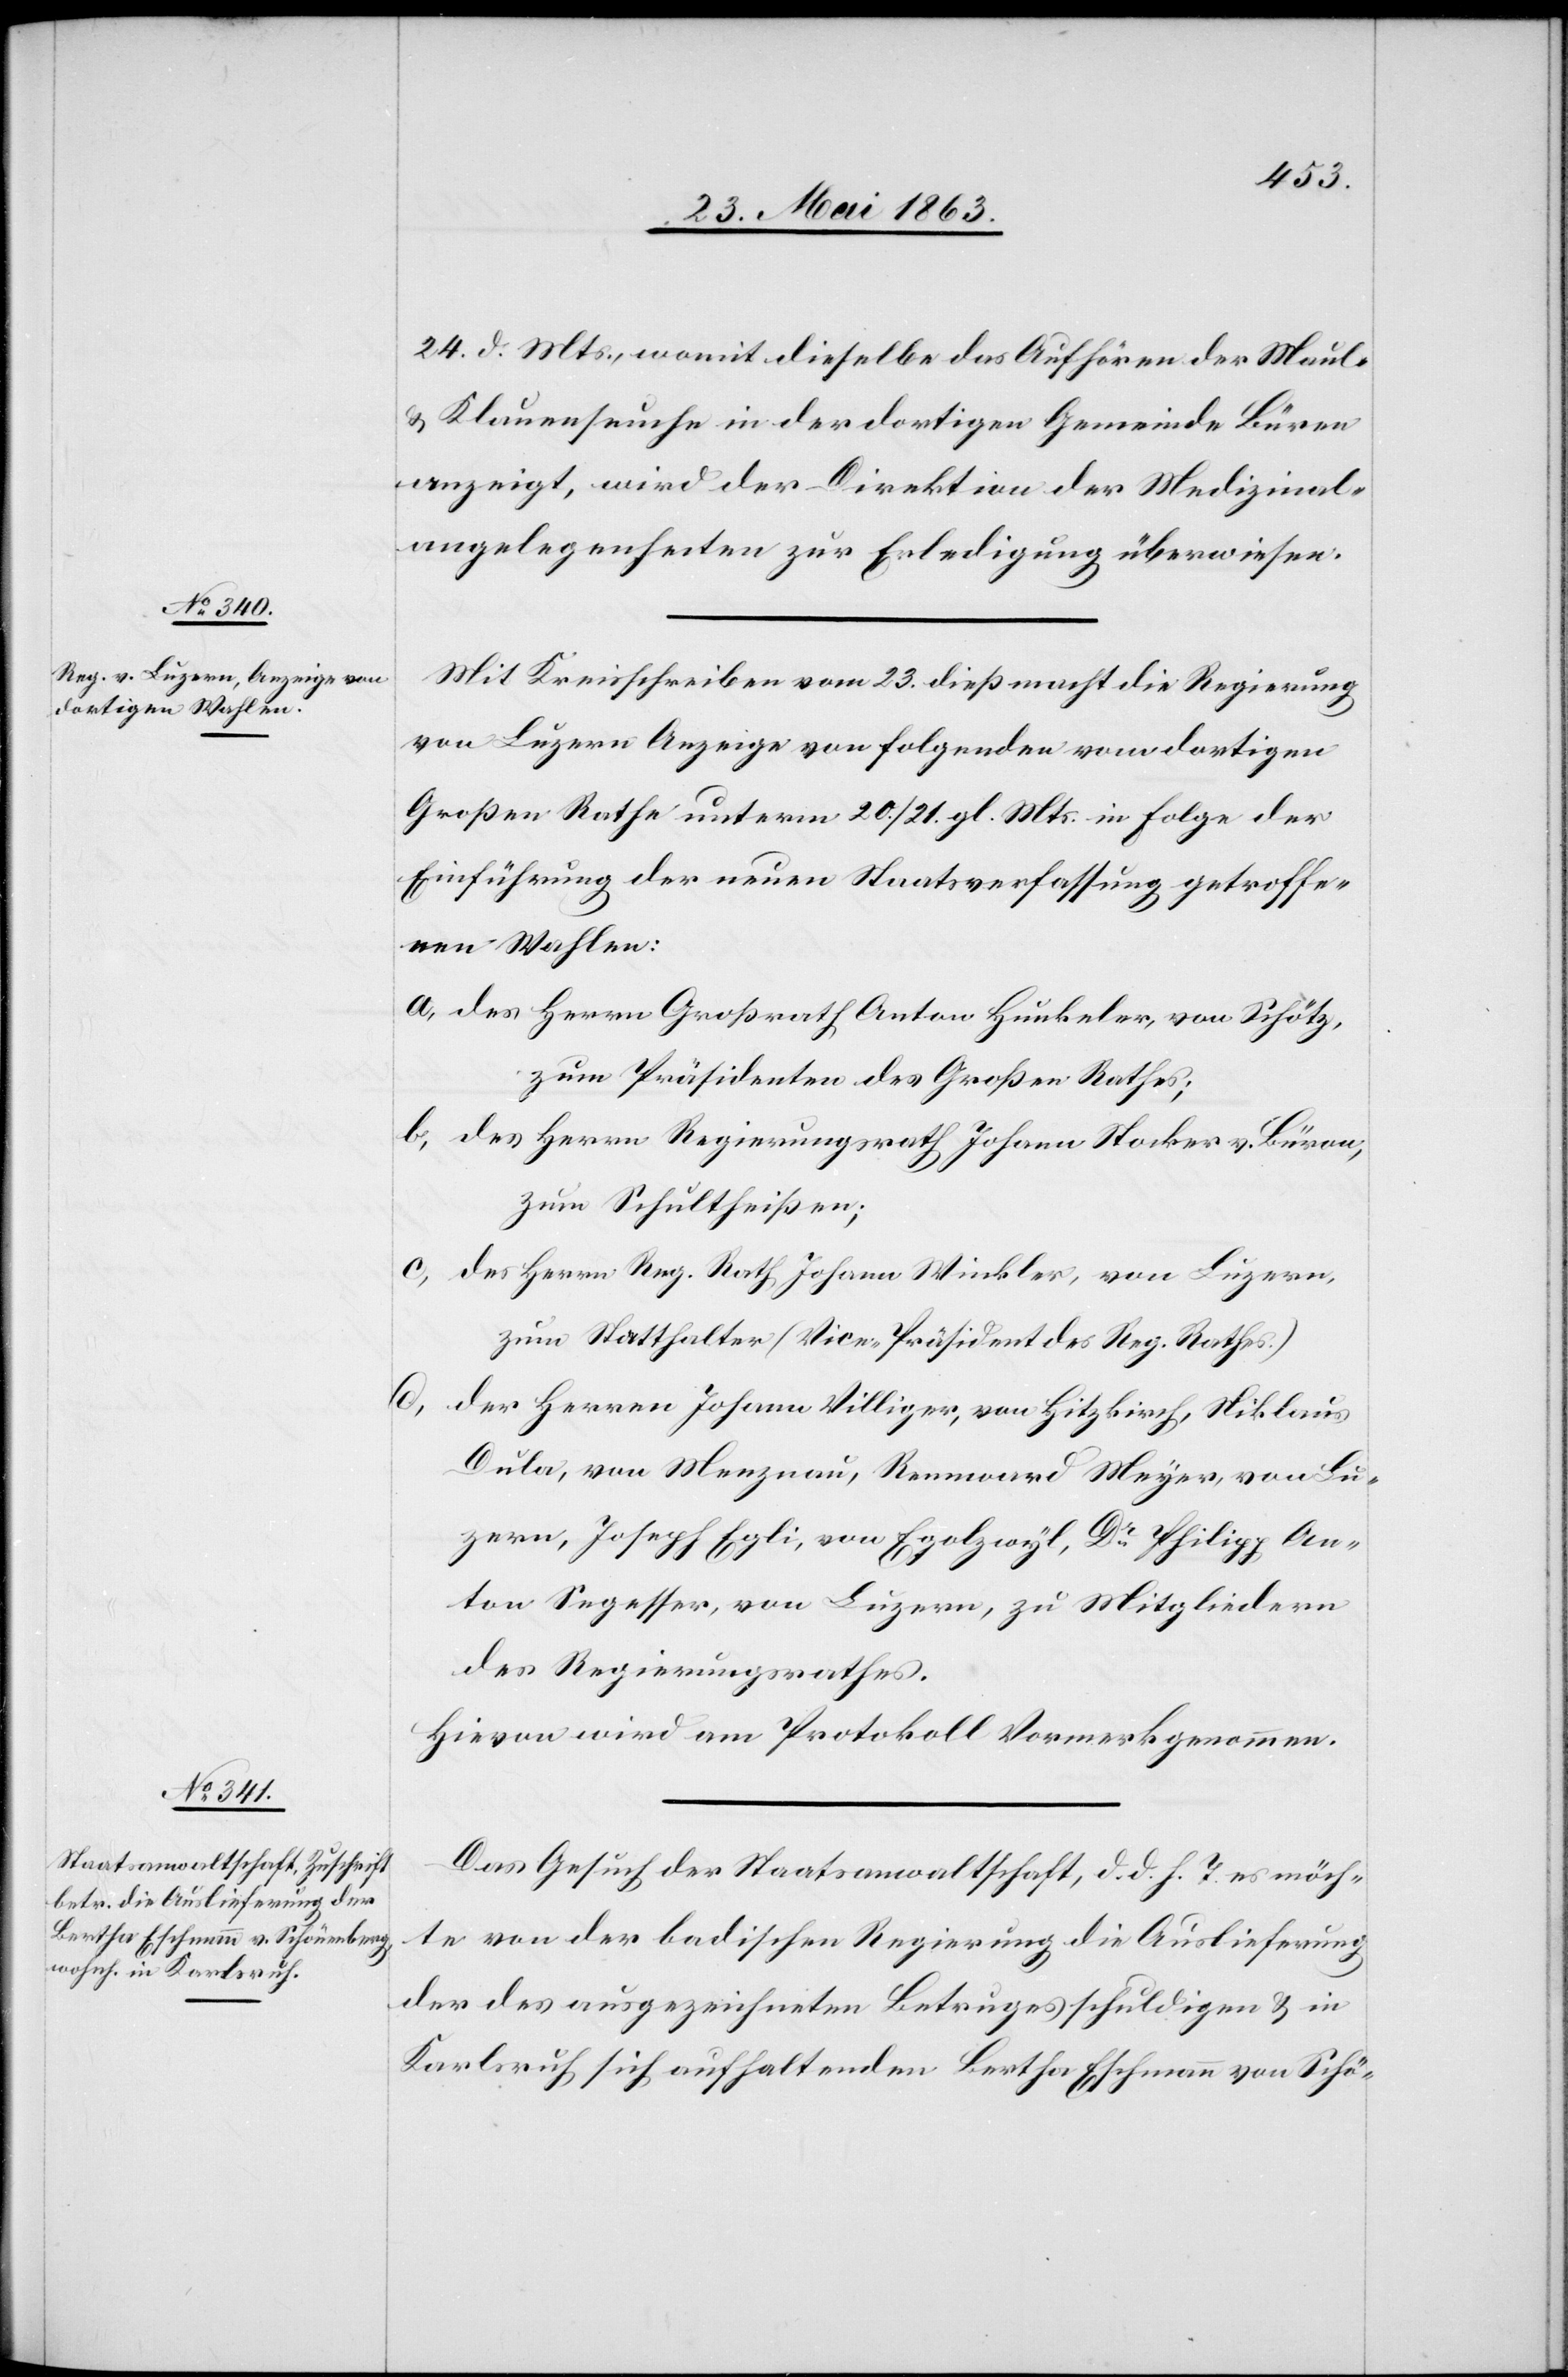
26. Mai 1863.]
24. d. Mts., womit dieselbe das Aufhören der Maul-
& Klauenseuche in der dortigen Gemeinde Büren
anzeigt, wird der Direktion der Medizinal¬
angelegenheiten zur Erledigung überwiesen.
Mit Kreisschreiben vom 23. dieß macht die Regierung
von Luzern Anzeige von folgenden vom dortigen
Großen Rathe unterm 20./21. gl. Mts. in Folge der
Einführung der neuen Staatsverfassung getroffe¬
nen Wahlen:
a) des Herrn Großrath Anton Hunkeler, von Schötz,
zum Präsidenten des Großen Rathes;
b) des Herrn Regierungsrath Johann Stocker v. Büron,
zum Schultheißen;
c) des Herrn Reg. Rath Johann Winkler, von Luzern,
zum Statthalter (Vice-Präsident des Reg. Rathes.)
d) der Herren Johann Villiger, von Hitzkirch, Niklaus
Dula, von Menznau, Rennward Meyer, von Lu¬
zern, Joseph Egli, von Egolzwyl, Dr Philipp An¬
ton Segesser, von Luzern, zu Mitgliedern
des Regierungsrathes.
Hievon wird am Protokoll Vormerk genommen.
Das Gesuch der Staatsanwaltschaft, d. d. h. T. es möch¬
te von der badischen Regierung die Auslieferung
der des ausgezeichneten Betruges schuldigen & in
Karlsruh sich aufhaltenden Bertha Eschmann von Schö-